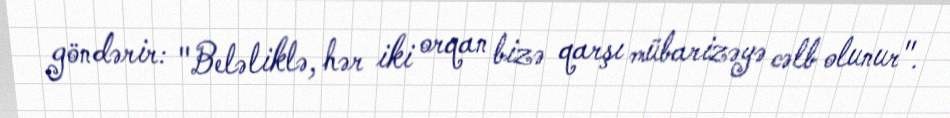
göndərir: "Beləliklə, hər iki orqan bizə qarşı mübarizəyə cəlb olunur".